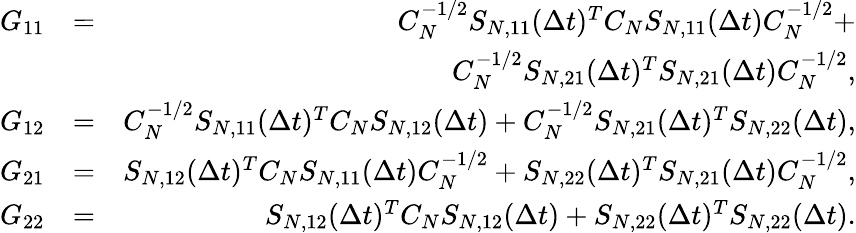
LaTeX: \begin{array}{rlr}{G_{11}}&{=}&{C_{N}^{-1/2}{S}_{N,11}(\Delta t)^{T}C_{N}{S}_{N,11}(\Delta t)C_{N}^{-1/2}+}\\ &{}&{C_{N}^{-1/2}{S}_{N,21}(\Delta t)^{T}{S}_{N,21}(\Delta t)C_{N}^{-1/2},}\\ {G_{12}}&{=}&{C_{N}^{-1/2}{S}_{N,11}(\Delta t)^{T}C_{N}{S}_{N,12}(\Delta t)+C_{N}^{-1/2}{S}_{N,21}(\Delta t)^{T}{S}_{N,22}(\Delta t),}\\ {G_{21}}&{=}&{{S}_{N,12}(\Delta t)^{T}C_{N}{S}_{N,11}(\Delta t)C_{N}^{-1/2}+{S}_{N,22}(\Delta t)^{T}{S}_{N,21}(\Delta t)C_{N}^{-1/2},}\\ {G_{22}}&{=}&{{S}_{N,12}(\Delta t)^{T}C_{N}{S}_{N,12}(\Delta t)+{S}_{N,22}(\Delta t)^{T}{S}_{N,22}(\Delta t).}\end{array}